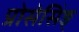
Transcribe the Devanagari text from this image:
प्रोसेसिंङ्